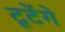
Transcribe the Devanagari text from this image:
टूटेंगे